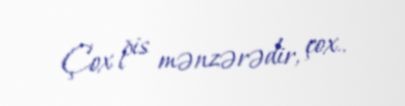
Çox pis mənzərədir, çox..